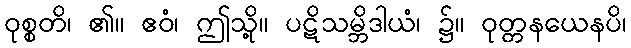
ဝုစ္စတိ၊ ၏။ ဧဝံ၊ ဤသို့။ ပဋိသမ္ဘိဒါယံ၊ ၌။ ဝုတ္တနယေနပိ၊